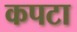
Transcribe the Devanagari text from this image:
कपटा